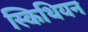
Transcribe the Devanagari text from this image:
स्किथियन